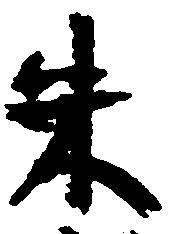
朱